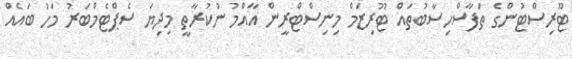
ޓޫރިސްޓުންގެ ތަފާސްހިސާބުތައް ޓޫރިޒަމް މިނިސްޓްރީން އާއްމު ނުކުރާތީ މިދިޔަ ސެޕްޓެމްބަރު މަހު ބައެއް